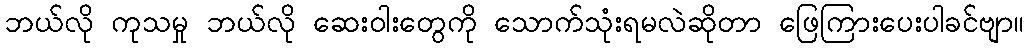
ဘယ်လို ကုသမှု ဘယ်လို ဆေးဝါးတွေကို သောက်သုံးရမလဲဆိုတာ ဖြေကြားပေးပါခင်ဗျာ။